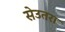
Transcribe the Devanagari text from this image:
सेउतरा